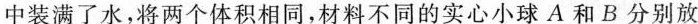
中装满了水，将两个体积相同，材料不同的实心小球A和B分别放